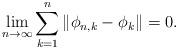
LaTeX: \begin{align*}\lim_{n\to\infty} \sum_{k=1}^{n} \Vert \phi_{n,k} -\phi_k\Vert = 0.\end{align*}